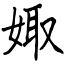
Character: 娵